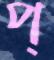
প্